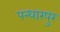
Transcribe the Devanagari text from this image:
पन्धारपुर